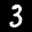
Label: 3